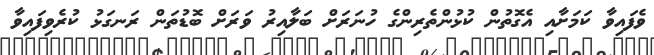
ވެފައިވާ ކަމަށާއި އެގޮތުން ކުޅުންތެރިންގެ ހުނަރަށް ބަލާއިރު ވަރަށް ބޮޑުތަން ރަނގަޅު ކުރެވިފައިވާ